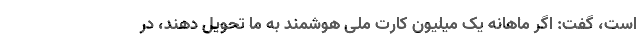
است، گفت: اگر ماهانه یک میلیون کارت ملی هوشمند به ما تحویل دهند، در